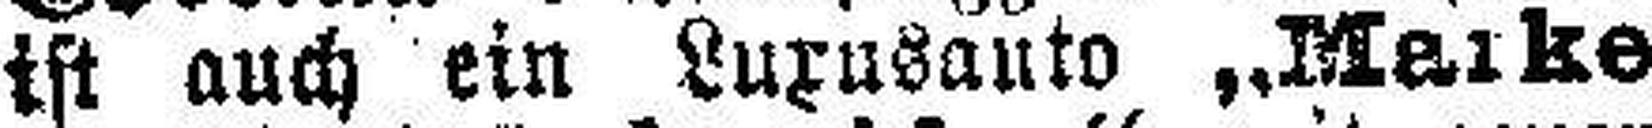
ist auch ein Luxusauto „Meike